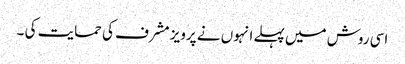
اسی روش میں پہلے انہوں نے پرویز مشرف کی حمایت کی ۔